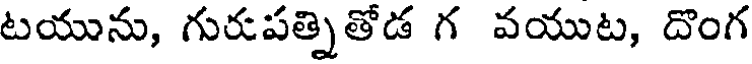
టయును, గురుపత్నితోడ గ వయుట, దొంగ